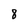
Character: 8